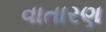
વાતારણ